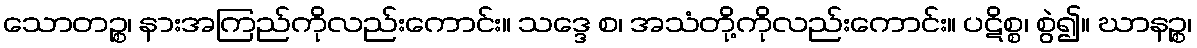
သောတဉ္စ၊ နားအကြည်ကိုလည်းကောင်း။ သဒ္ဒေ စ၊ အသံတို့ကိုလည်းကောင်း။ ပဋိစ္စ၊ စွဲ၍။ ဃာနဉ္စ၊